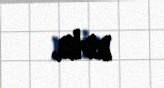
edib.